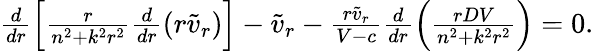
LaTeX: \begin{array}{r}{\frac{d}{dr}\left[\frac{r}{n^{2}+k^{2}r^{2}}\frac{d}{dr}(r\tilde{v}_{r})\right]-\tilde{v}_{r}-\frac{r\tilde{v}_{r}}{V-c}\frac{d}{dr}\left(\frac{rDV}{n^{2}+k^{2}r^{2}}\right)=0.}\end{array}